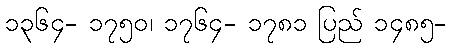
၁၃၆၄- ၁၇၅၀၊ ၁၇၆၄- ၁၇၈၁ ပြည် ၁၄၈၅-